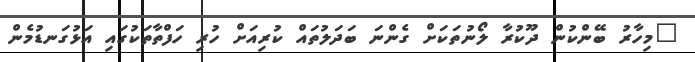
"މިހާރު ބޭންކުން ދޫކުރާ ލޯނުތަކަށް ގެންނަ ބަދަލުތައް ކުރިއަށް ހުރި ހަފްތާތަކުގައި އަޅުގަނޑުމެން